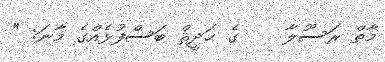
މާތް ރަސޫލާ    ގެ ޙަދީޘް ބަސްފުޅެއްގެ މާނަ: "